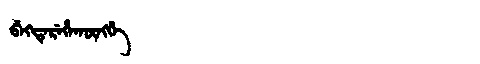
Manchu: ᠪᡝᡴᡨᡝᡵᡝᡥᠠᡴᡡᠩᡤᡝ
Romanization: BEKTEREHAKŪNGGE